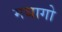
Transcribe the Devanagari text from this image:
मथागो